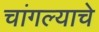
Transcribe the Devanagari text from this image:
चांगल्याचे